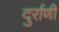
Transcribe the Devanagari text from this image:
दुर्राणी